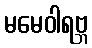
မမေဝါရဗ္ဘ